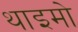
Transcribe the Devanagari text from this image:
थाइमो